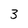
Character: 3